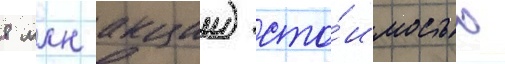
8 млн акции) сто́имостью